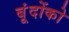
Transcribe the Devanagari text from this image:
बूंदोंको